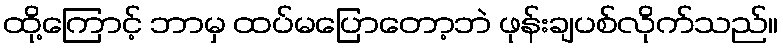
ထို့ကြောင့် ဘာမှ ထပ်မပြောတော့ဘဲ ဖုန်းချပစ်လိုက်သည်။